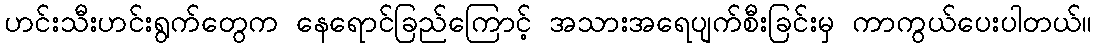
ဟင်းသီးဟင်းရွက်တွေက နေရောင်ခြည်ကြောင့် အသားအရေပျက်စီးခြင်းမှ ကာကွယ်ပေးပါတယ်။